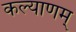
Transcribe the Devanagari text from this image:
कल्‍याणम्